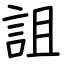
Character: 詛